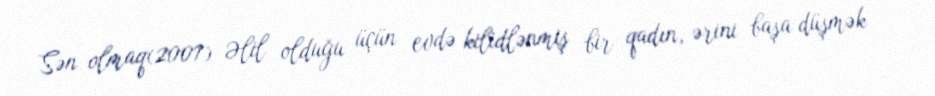
Sən olmaq(2007) Əlil olduğu üçün evdə kilidlənmiş bir qadın, ərini başa düşmək